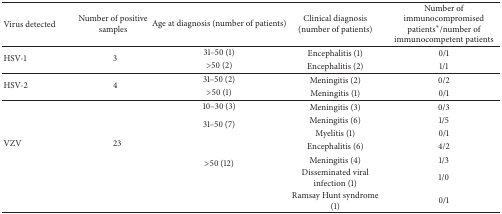
| Virus detected | Number of positive samples | Age at diagnosis (number of patients) | Clinical diagnosis(number of patients) | Number of immunocompromised patients*/number of immunocompetent patients |
 | --- | --- | --- | --- | --- |
 | <ROWSPAN=2> HSV-1 | <ROWSPAN=2> 3 | 31–50 (1) | Encephalitis (1) | 0/1 |
 | >50 (2) | Encephalitis (2) | 1/1 |
 | <ROWSPAN=2> HSV-2 | <ROWSPAN=2> 4 | 31–50 (2) | Meningitis (2) | 0/2 |
 | >50 (1) | Meningitis (1) | 0/1 |
 | <ROWSPAN=7> VZV | <ROWSPAN=7> 23 | 10–30 (3) | Meningitis (3) | 0/3 |
 | <ROWSPAN=2> 31–50 (7) | Meningitis (6) | 1/5 |
 | Myelitis (1) | 0/1 |
 | <ROWSPAN=4> >50 (12) | Encephalitis (6) | 4/2 |
 | Meningitis (4) | 1/3 |
 | Disseminated viral infection (1) | 1/0 |
 | Ramsay Hunt syndrome (1) | 0/1 |